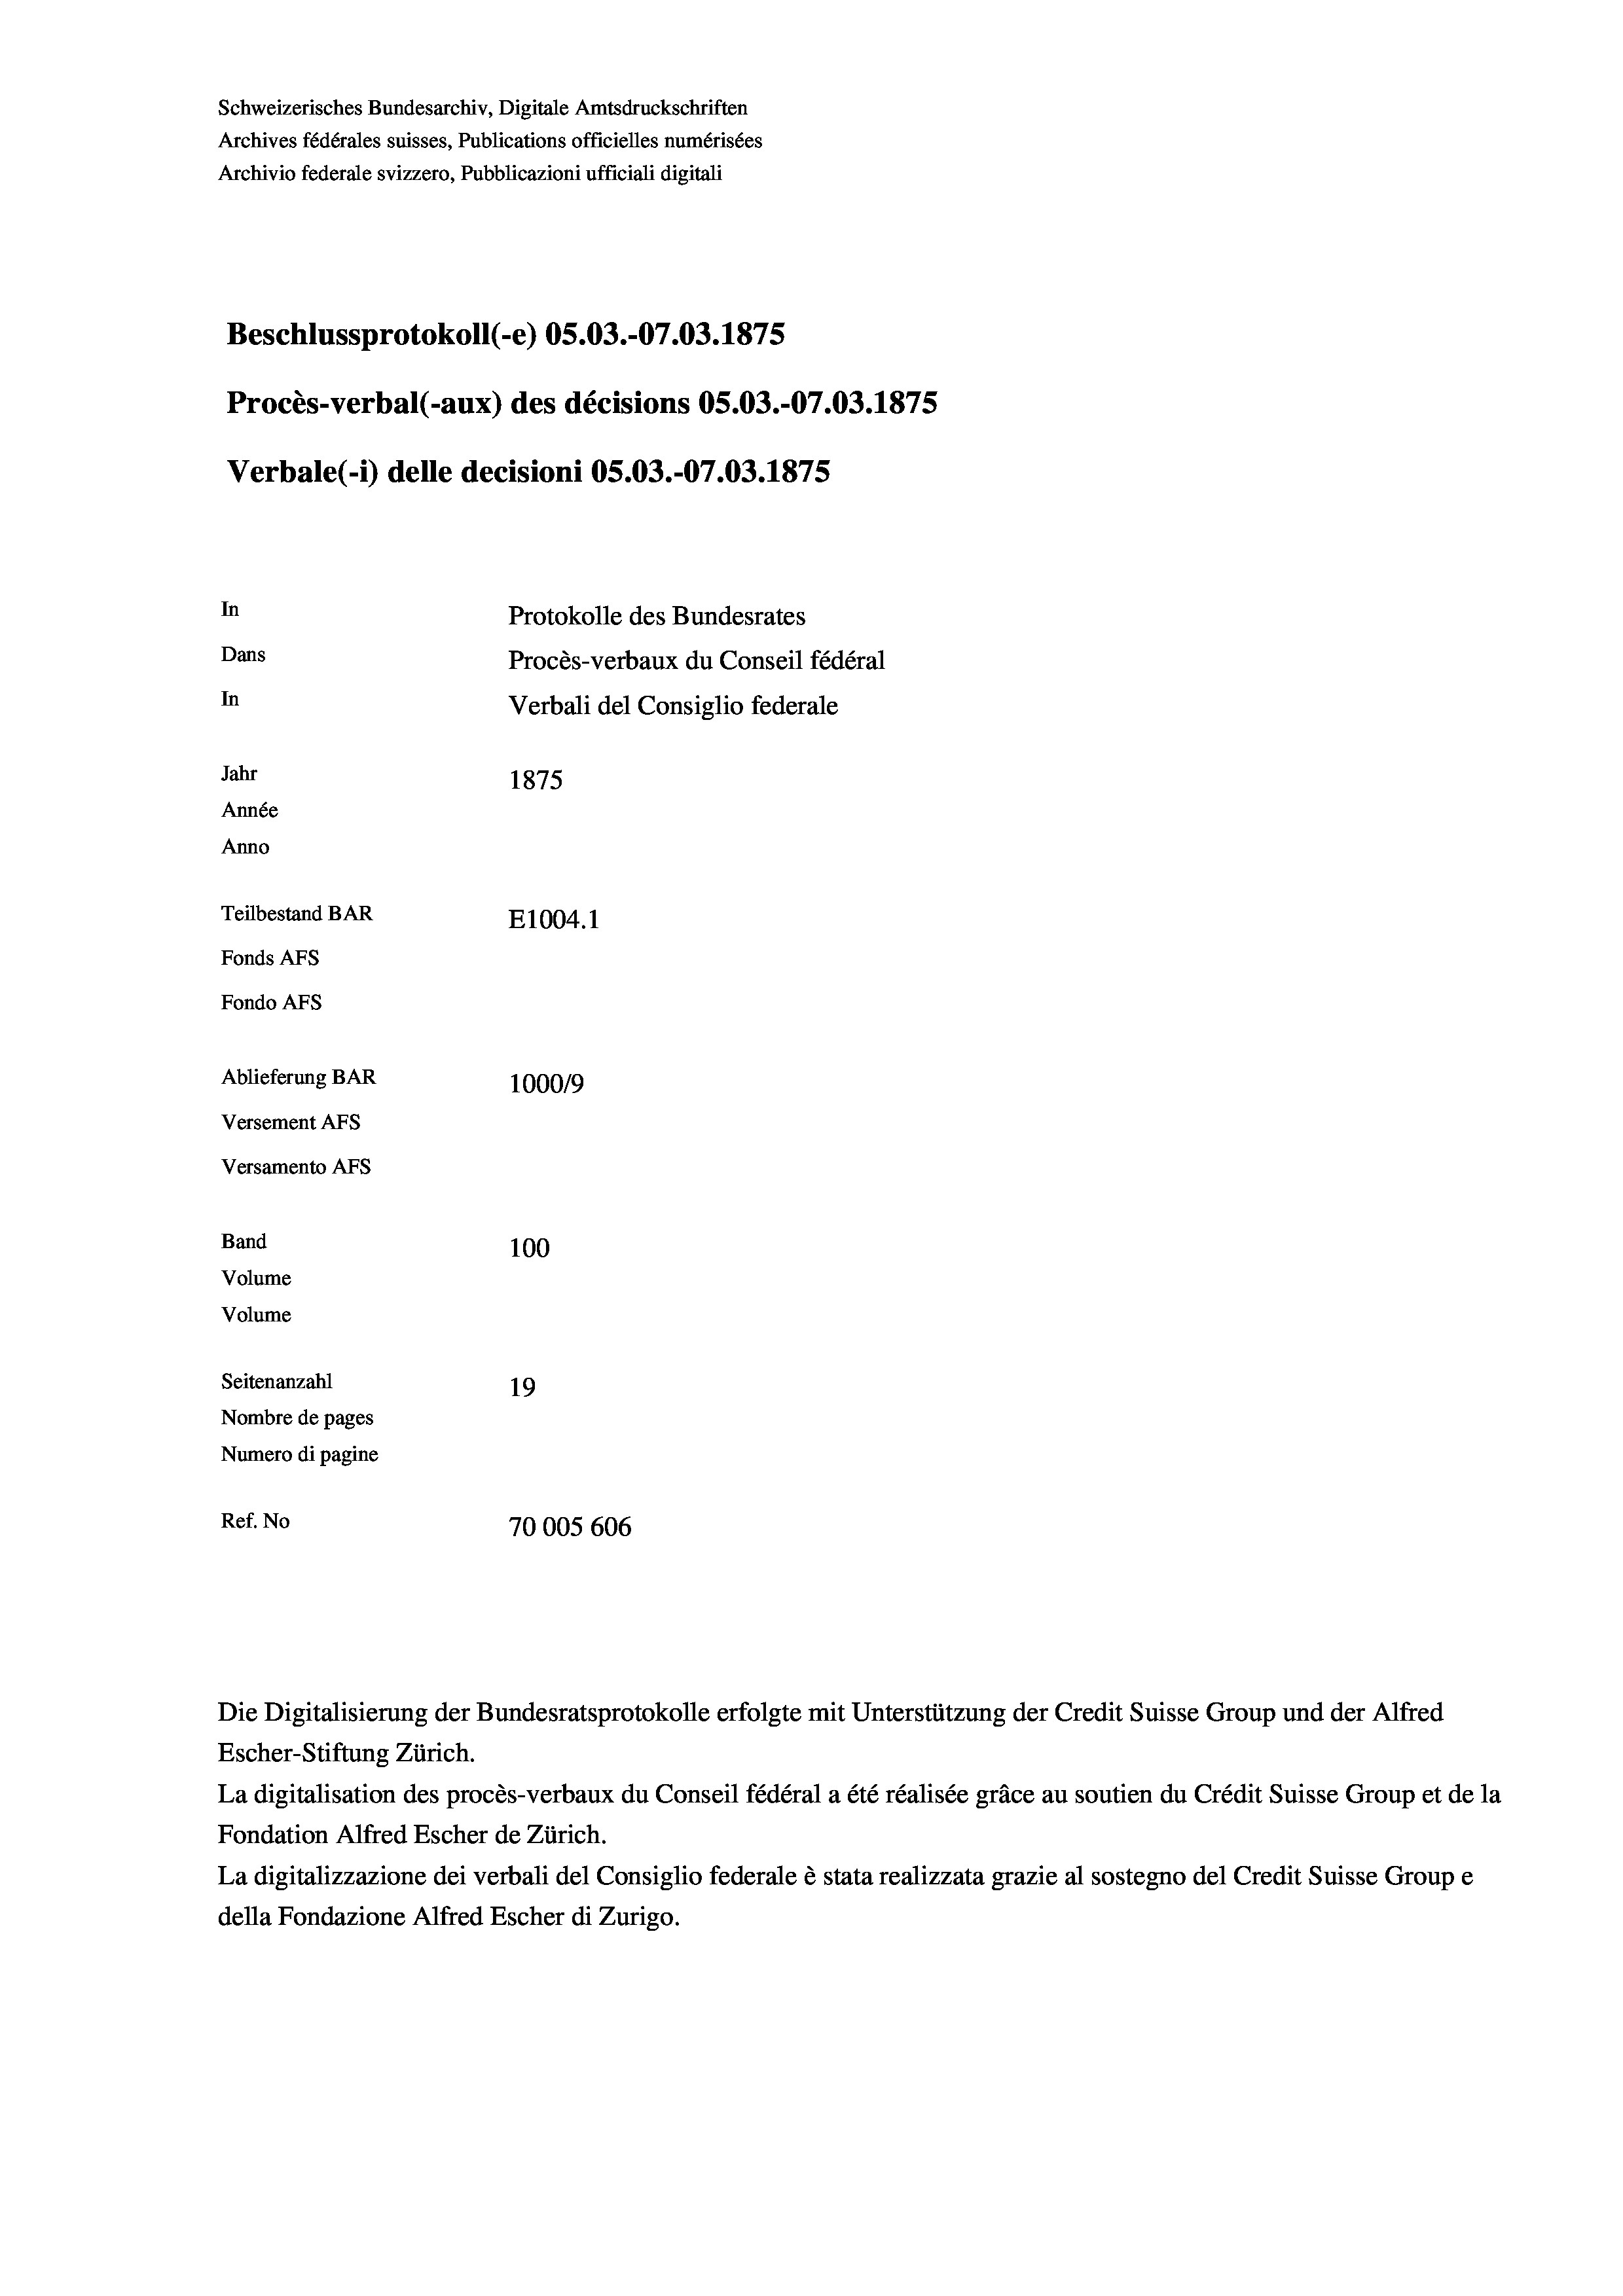
Schweizerisches Bundesarchiv, Digitale Amtsdruckschriften
Archives fédérales suisses, Publications officielles numérisées
Archivio federale svizzero, Pubblicazioni ufficiali digitali
Beschlussprotokoll (-e) OS.03.-07.03. 1875
Procès-verbal (-aux) des décisions OS.03.-07.03. 1875
Verbale (- 1) delle decisioni OS.03.-07.03. 1875
In
Protokolle des Bundesrates
Dans
Procès-verbaux du Conseil fédéral
In
Verbali del Consiglio federale
Jahr
1875
Année
Anno
Teilbestand BAR
E1004. 1
Fonds AFs
Fondo Afs
Ablieferung BAR
100019
Versement AFs

Versamento AFs
Band

100
Volume
Volume
Seitenanzahl
19
Nombre de pages
Numero di pagine
Ref. No
70005 606

Die Digitalisierung der Bundesratsprotokolle erfolgte mit Unterstützung der Credit Suisse Group und der Alfred
Escher-Stiftung Zürich.
La digitalisation des procès-verbaux du Conseil fédéral a été réalisée gräce au soutien du Crédit Suisse Group et de la
Fondation Alfred Escher de Zürich.
La digitalizzazione dei verbali del Consiglio federale è stata realizzata grazie al sostegno del Credit Suisse Groupe
della Fondazione Alfred Escher di Zurigo.